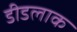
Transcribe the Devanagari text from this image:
डीडलाक